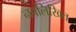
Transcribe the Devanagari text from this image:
नवलिखित